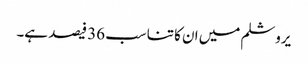
یروشلم میں ان کا تناسب 36 فیصد ہے۔